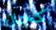
كحال